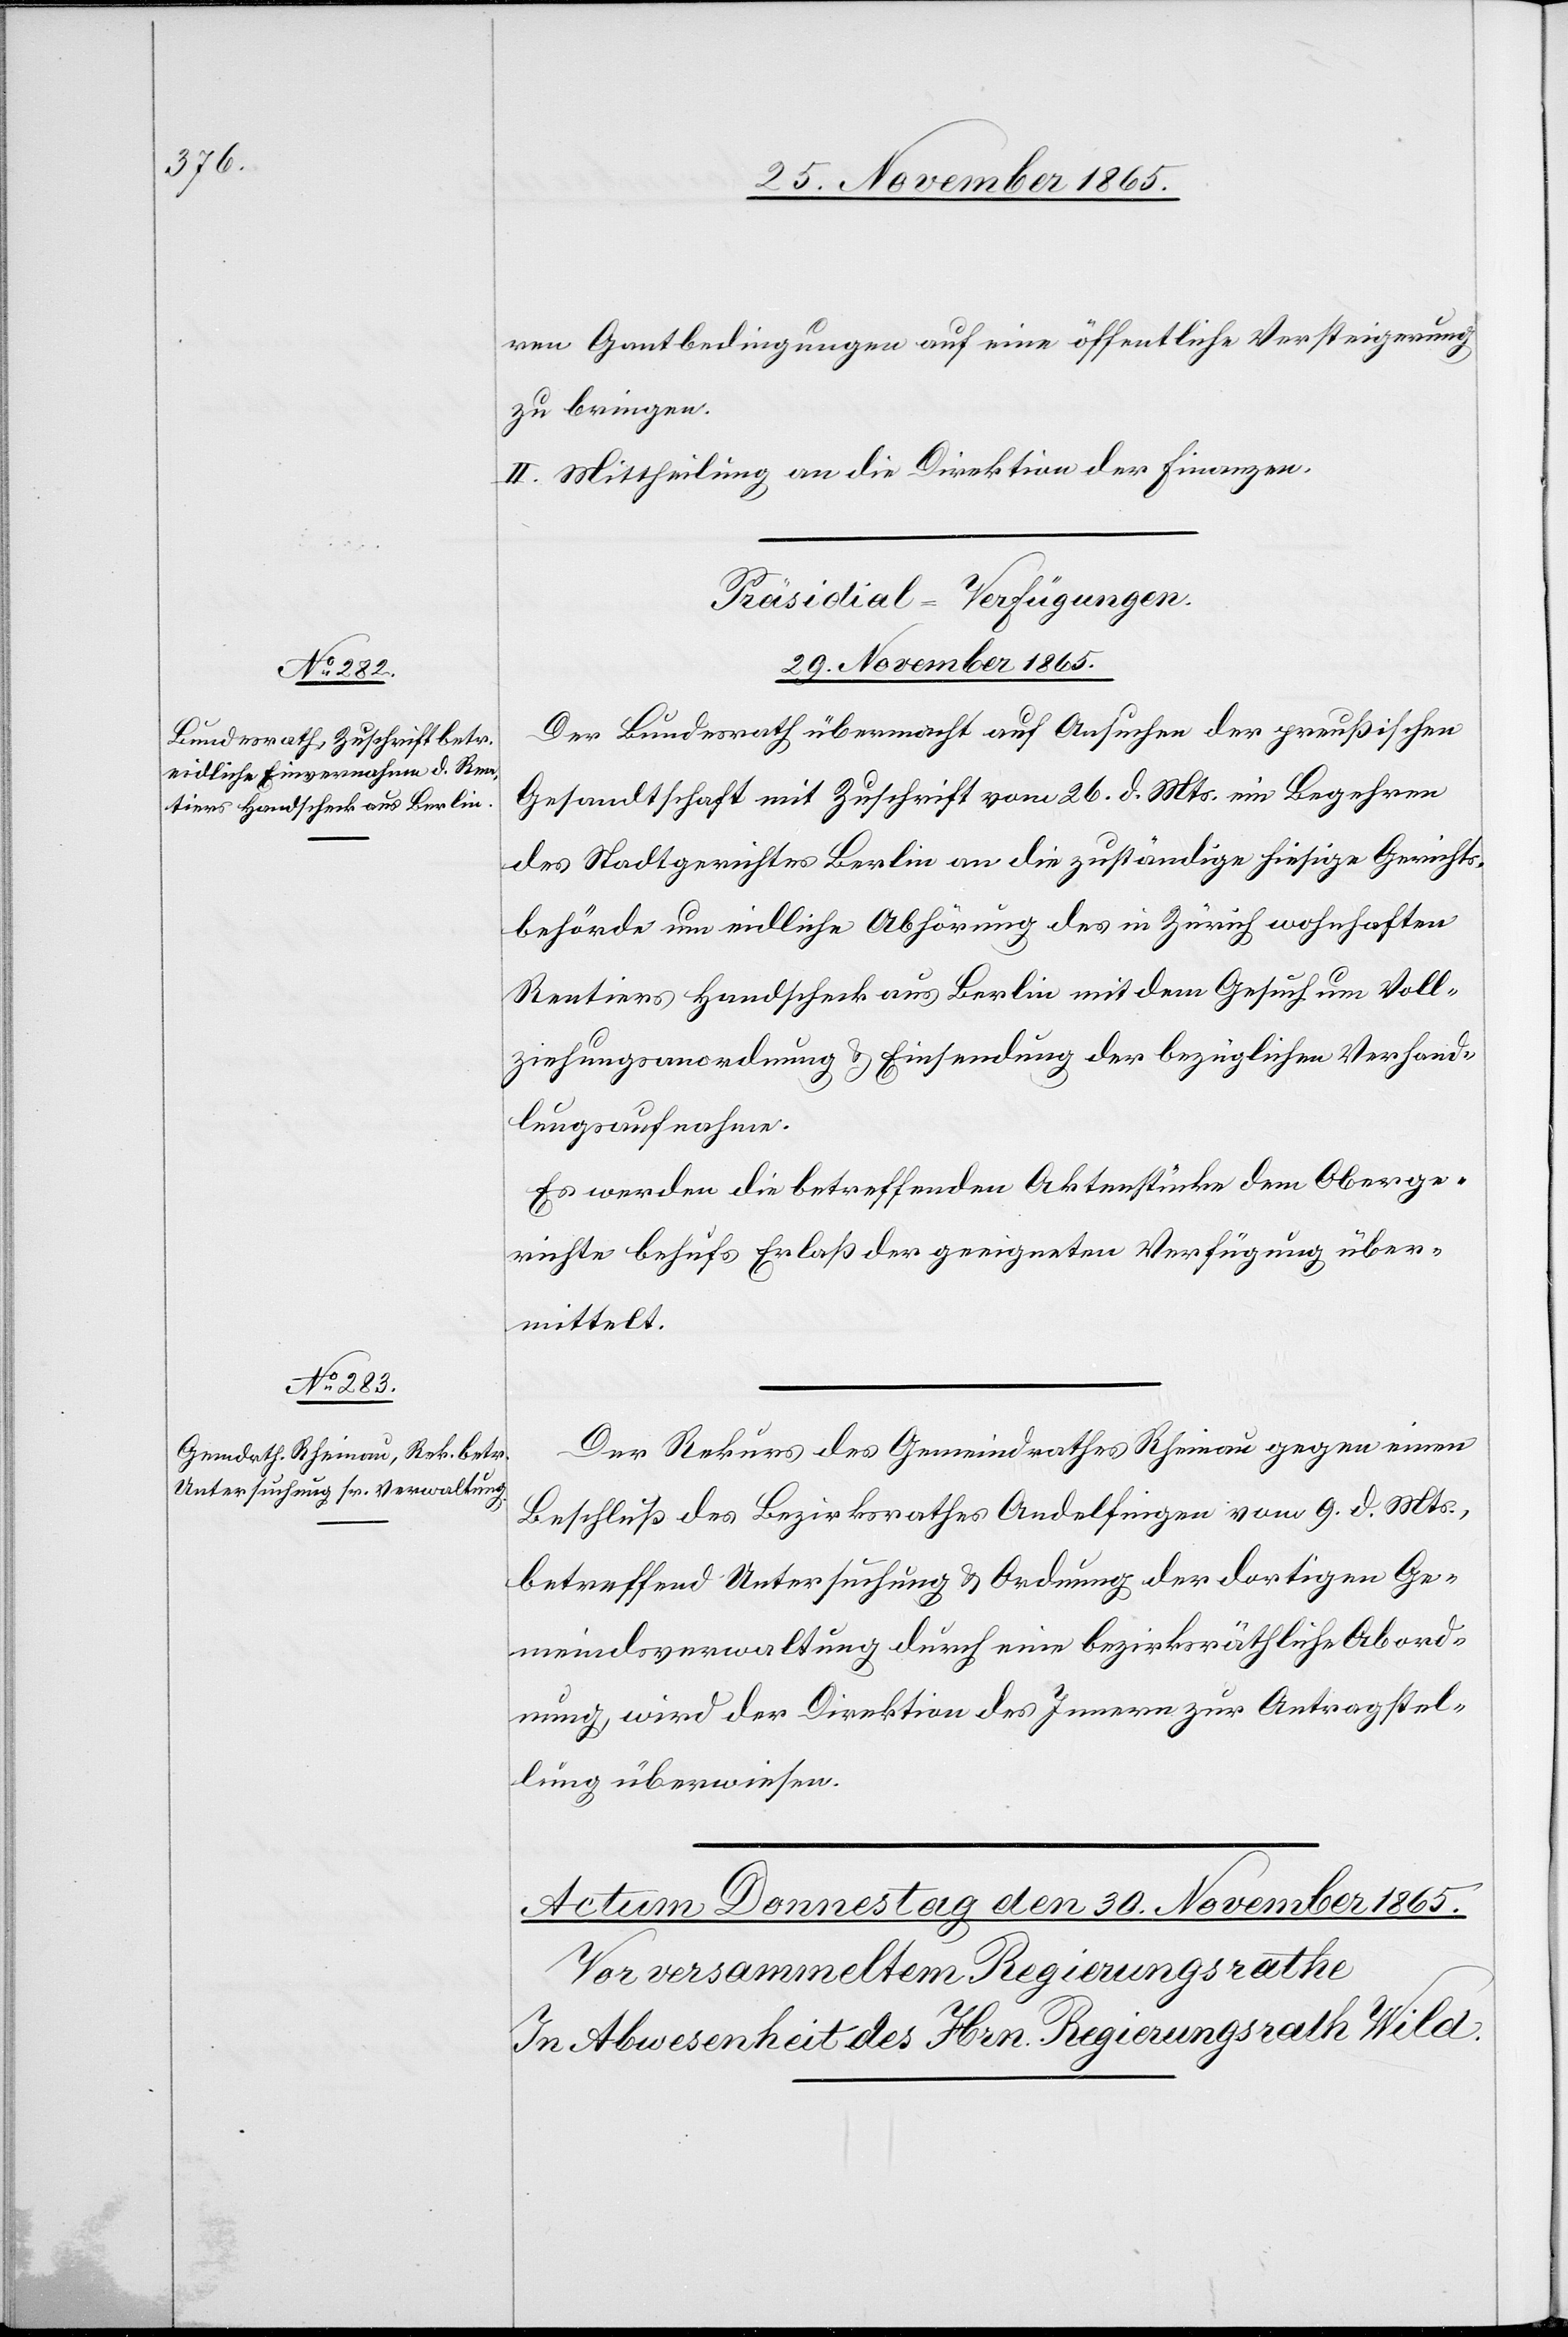
ren Gantbedingungen auf eine öffentliche Versteigerung
zu bringen.
II. Mittheilung an die Direktion der Finanzen.
[Präsidial-Verfügungen.
29. November 1865.]
Der Bundesrath übermacht auf Ansuchen der preußischen
Gesandtschaft mit Zuschrift vom 26. d. Mts. ein Begehren
des Stadtgerichtes Berlin an die zuständige hiesige Gerichts¬
behörde um eidliche Abhörung des in Zürich wohnhaften
Rentiers Handscheck aus Berlin mit dem Gesuch um Voll¬
ziehungsanordnung & Einsendung der bezüglichen Verhand¬
lungsaufnahmen.
Es werden die betreffenden Aktenstücke dem Oberge¬
richte behufs Erlaß der geeigneten Verfügung über¬
mittelt.
Der Rekurs des Gemeindrathes Rheinau gegen einen
Beschluß des Bezirksrathes Andelfingen vom 9. d. Mts.,
betreffend Untersuchung & Ordnung der dortigen Ge¬
meindeverwaltung durch eine bezirksräthliche Abord¬
nung wird der Direktion des Innern zur Antragstel¬
lung überwiesen.